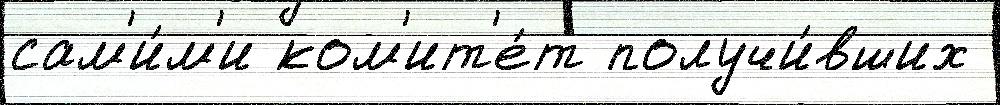
сам'и́м'и ком'ит'е́т получи́вших